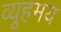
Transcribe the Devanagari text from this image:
व्यूहमय